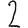
Digit: 2